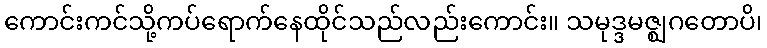
ကောင်းကင်သို့ကပ်ရောက်နေထိုင်သည်လည်းကောင်း။ သမုဒ္ဒမဇ္ဈဂတောပိ၊